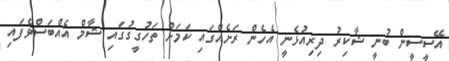
އޭސީސީން ބުނީ ޝާކިރު ދިރިއުޅެނީ އެހެން ރަށެއްގައި ކަމަށް ތަހުގީގުގައި ޝާމް އެއްބަސްވެފައި